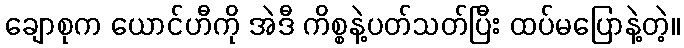
ချောစုက ယောင်ဟီကို အဲဒီ ကိစ္စနဲ့ပတ်သတ်ပြီး ထပ်မပြောနဲ့တဲ့။